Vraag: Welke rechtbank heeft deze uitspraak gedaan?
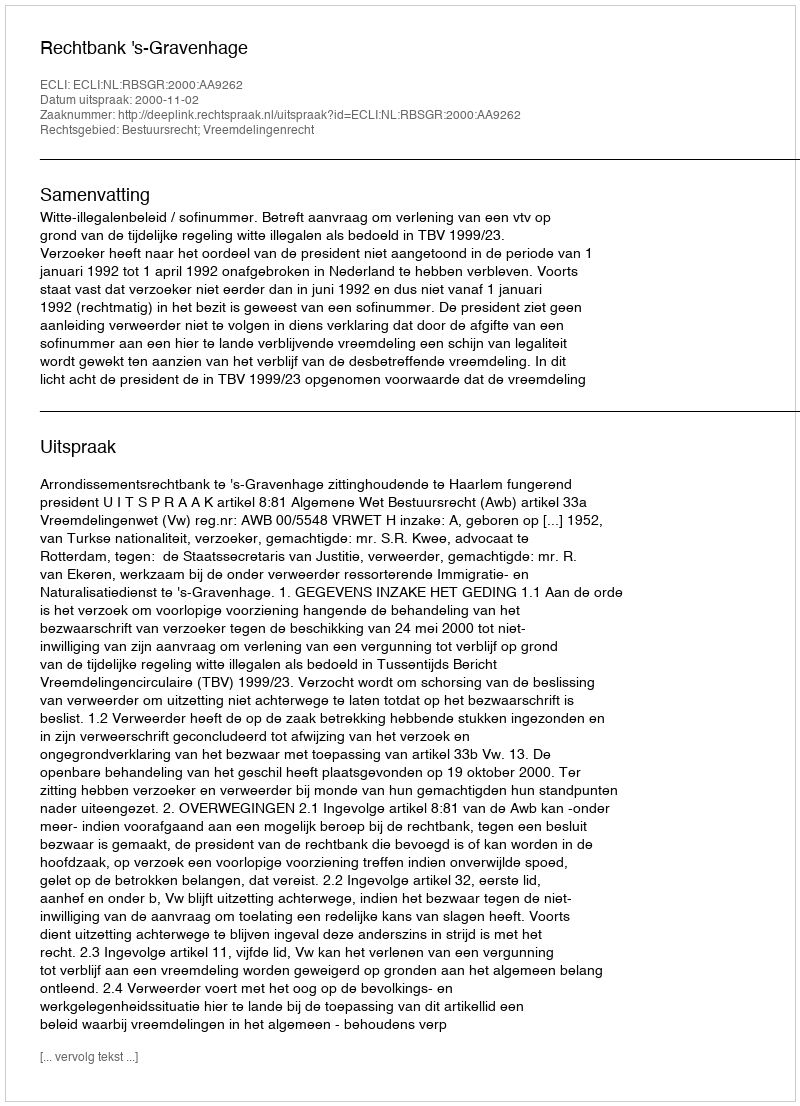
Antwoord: Rechtbank 's-Gravenhage